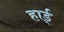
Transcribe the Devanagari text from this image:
हार्ड्